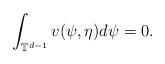
LaTeX: \begin{align*}\int_{\mathbb{T}^{d-1}} v (\psi,\eta)d\psi = 0.\end{align*}